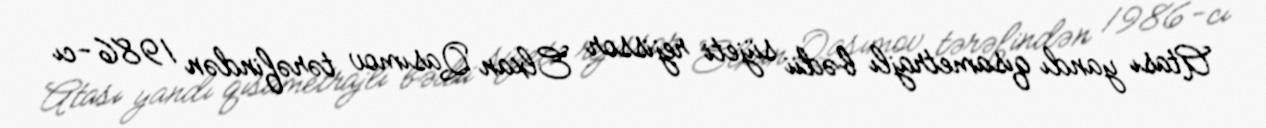
Atası yandı qısametrajlı bədii süjeti rejissor Elxan Qasımov tərəfindən 1986-cı